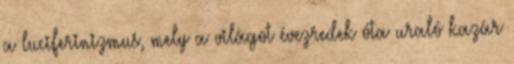
a luciferinizmus, mely a világot évezredek óta uraló kazár